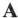
A